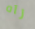
رآه